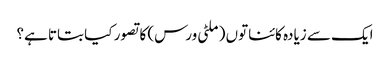
ایک سے زیادہ کائناتوں (ملٹی ورس) کا تصور کیا بتاتا ہے؟